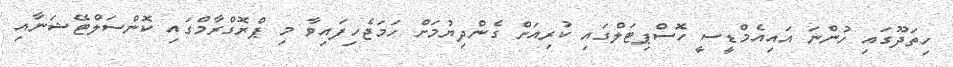
ހިތަދޫގައި ހުންނަ އައިއެމްޑީސީ ހޮސްޕިޓަލްގައި ކުރިއަށް ގެންދިޔުމަށް ހަމަޖެހިފައިވާ މި ޕްރޮގްރާމްގައި ކޮންސަލްޓޭޝަނާއި